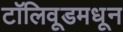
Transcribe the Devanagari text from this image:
टॉलिवूडमधून